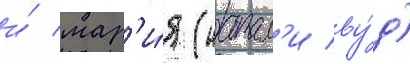
и́ мар'и́я (натал'и ву́д)